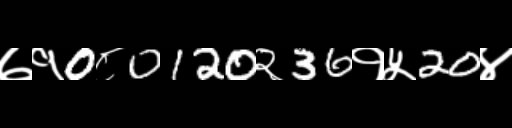
Text: ७१0८0120२36१५20४